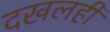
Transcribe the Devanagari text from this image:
दखलही